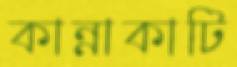
কান্নাকাটি